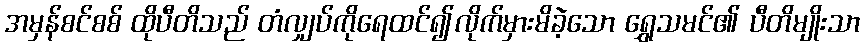
အမှန်စင်စစ် ထိုပီတိသည် တံလျှပ်ကိုရေထင်၍လိုက်မှားမိခဲ့သော ရွှေသမင်၏ ပီတိမျိုးသာ